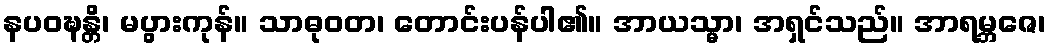
နပဝဍ္ဎန္တိ၊ မပွားကုန်။ သာဓုဝတ၊ တောင်းပန်ပါ၏။ အာယသ္မာ၊ အရှင်သည်။ အာရမ္ဘဇေ၊